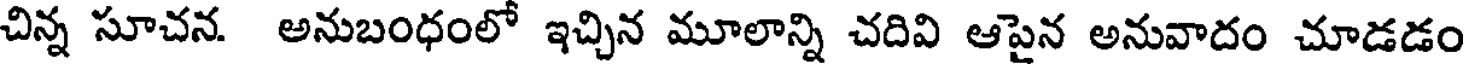
చిన్న సూచన అనుబంధంలో ఇచ్చిన మూలాన్ని చదివి ఆపైన అనువాదం చూడడం